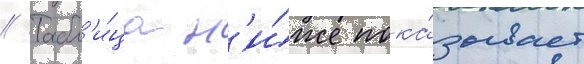
// Табл'и́ца н'и́же пока́зывает